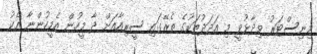
މިނިސްޓަރު ވިދާޅުވީ މި އަދަދުތަކުގެ ތެރޭގައި ސީރިއާއަށް ދާ މީހުން އެމީހުންނާ އެކު